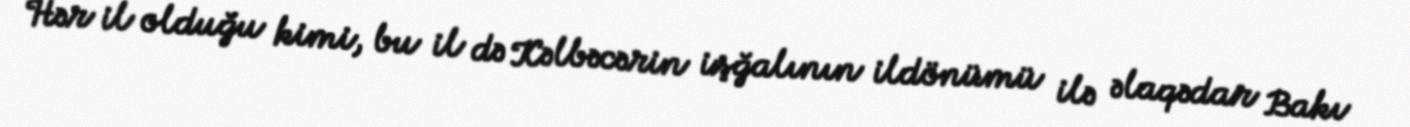
Hər il olduğu kimi, bu il də Kəlbəcərin işğalının ildönümü ilə əlaqədar Bakı